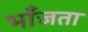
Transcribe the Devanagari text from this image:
भाँजता